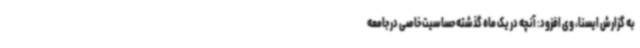
به گزارش ایسنا، وی افزود: آنچه در یک ماه گذشته حساسیت خاصی در جامعه